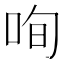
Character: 咰